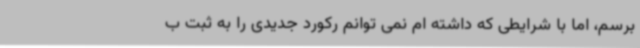
برسم، اما با شرایطی که داشته ام نمی توانم رکورد جدیدی را به ثبت ب